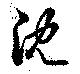
沈